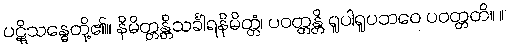
ပဋိုသန္ဓေတို့၏။ နိမိတ္တန္တိသင်္ခါရနိမိတ္တံ၊ ပဝတ္တန္တိ ရူပါရူပဘဝေ ပဝတ္တတိ။ ။